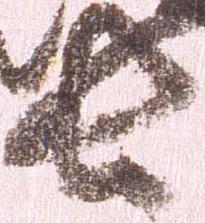
長